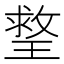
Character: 𤨣